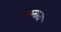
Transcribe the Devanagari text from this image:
समाता